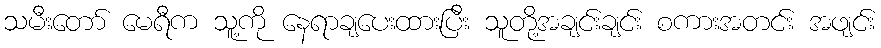
သမီးတော် မေရီက သူ့ကို နေရာချပေးထားပြီး သူတို့အချင်းချင်း စကားအတင်း အဖျင်း